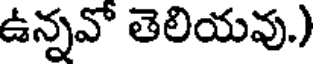
ఉన్నవో తెలియవు.)